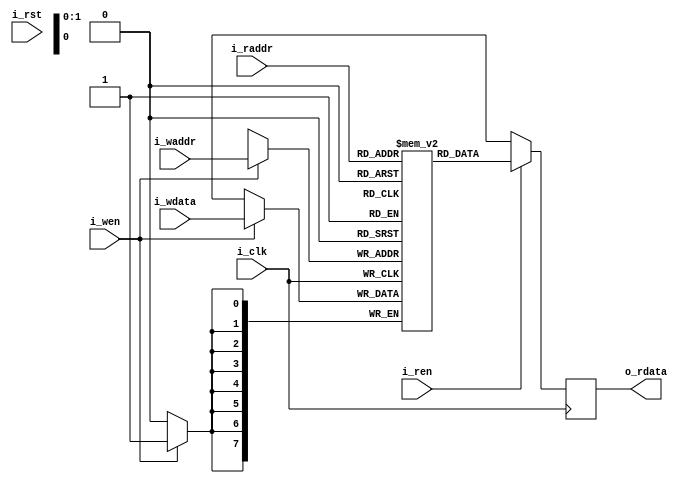
module subservient_generic_ram
  #(parameter depth = 0,
    parameter aw = $clog2(depth),
    parameter memfile = "")
   (input wire		i_clk,
    input wire		i_rst,
    //SRAM interface
    input wire [aw-1:0]	i_waddr,
    input wire [7:0]	i_wdata,
    input wire		i_wen,
    input wire [aw-1:0]	i_raddr,
    output reg [7:0]	o_rdata,
    input wire		i_ren);

   reg [7:0]	       mem [0:depth-1] /* verilator public */;

   always @(posedge i_clk) begin
      if (i_wen) mem[i_waddr]   <= i_wdata;
      o_rdata <= i_ren ? mem[i_raddr] : 8'bx;
   end

   initial
     if(|memfile) begin
	$display("Preloading %m from %s", memfile);
	$readmemh(memfile, mem);
     end
endmodule